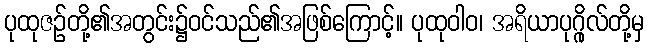
ပုထုဇဉ်တို့၏အတွင်း၌ဝင်သည်၏အဖြစ်ကြောင့်။ ပုထုဝါဝ၊ အရိယာပုဂ္ဂိုလ်တို့မှ